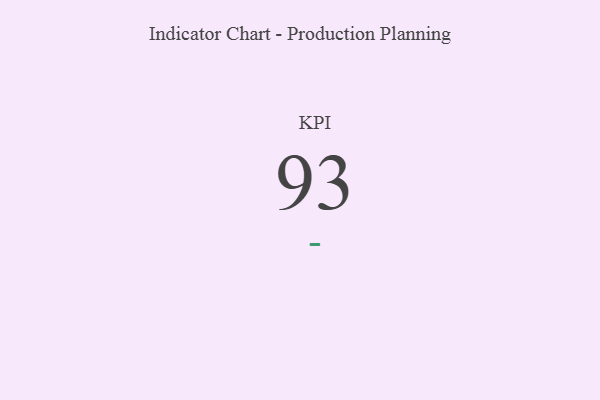
{"axis": {"x": "KPI", "y": "Value"}, "legend": [""], "data": [{"x": "KPI", "y": 93, "type": ""}]}